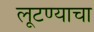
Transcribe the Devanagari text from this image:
लूटण्याचा